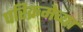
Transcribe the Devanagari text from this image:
परिक्रमेच्या